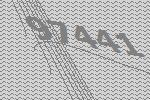
97441